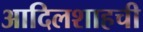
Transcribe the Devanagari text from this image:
आदिलशाहची